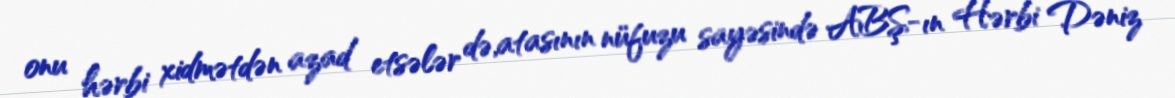
onu hərbi xidmətdən azad etsələr də,atasının nüfuzu sayəsində ABŞ-ın Hərbi Dəniz